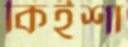
কিইশা